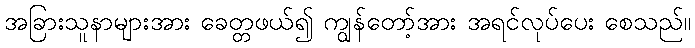
အခြားသူနာများအား ခေတ္တဖယ်၍ ကျွန်တော့်အား အရင်လုပ်ပေး စေသည်။